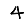
Digit: 4